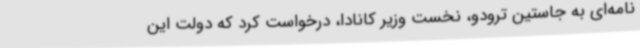
نامه‌ای به جاستین ترودو، نخست وزیر کانادا، درخواست کرد که دولت این